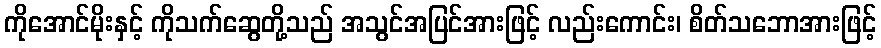
ကိုအောင်မိုးနှင့် ကိုသက်ဆွေတို့သည် အသွင်အပြင်အားဖြင့် လည်းကောင်း၊ စိတ်သဘောအားဖြင့်